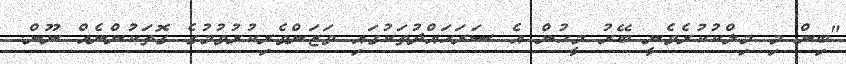
"ބިން މި މިލްކުކުރެވެނީ ބޭރު މީހުން އެ ސަރަހައްދުތަކުގައި ވަޒަންވެރިކުރުވުމުގެ ގޮތަކުންނެއް ނޫން.